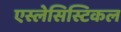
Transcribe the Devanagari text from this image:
एस्लेसिस्टिकल